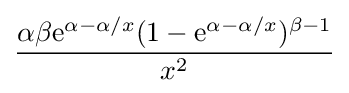
{\frac {\alpha \beta \mathrm {e} ^{\alpha -\alpha /x}(1-\mathrm {e} ^{\alpha -\alpha /x})^{\beta -1}}{x^{2}}}